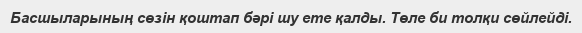
Басшыларының сөзін қоштап бәрі шу ете қалды. Төле би толқи сөйлейді.